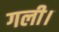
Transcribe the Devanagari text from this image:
गली।